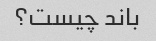
باند چیست؟